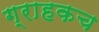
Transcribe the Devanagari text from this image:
ग्राहकच